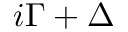
i \Gamma + \Delta